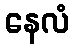
နေလံ